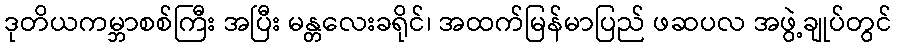
ဒုတိယကမ္ဘာစစ်ကြီး အပြီး မန္တလေးခရိုင်၊ အထက်မြန်မာပြည် ဖဆပလ အဖွဲ့ချုပ်တွင်